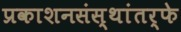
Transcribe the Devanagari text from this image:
प्रकाशनसंस्थांतर्फे